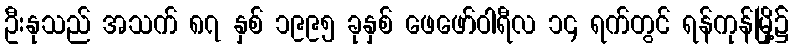
ဦးနုသည် အသက် ၈၇ နှစ် ၁၉၉၅ ခုနှစ် ဖေဖော်ဝါရီလ ၁၄ ရက်တွင် ရန်ကုန်မြို့၌